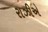
રાઝીએ